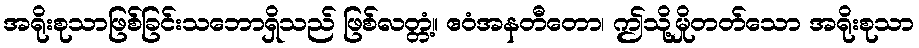
အရိုးစုသာဖြစ်ခြင်းသဘောရှိသည် ဖြစ်လတ္တံ့။ ဧဝံအနတီတော၊ ဤသို့မှိုတတ်သော အရိုးစုသာ